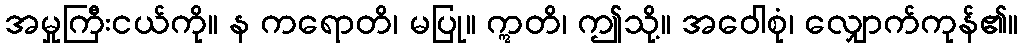
အမှုကြီးငယ်ကို။ န ကရောတိ၊ မပြု။ ဣတိ၊ ဤသို့။ အဝေါစုံ၊ လျှောက်ကုန်၏။